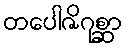
တပေါဇိဂုစ္ဆာ